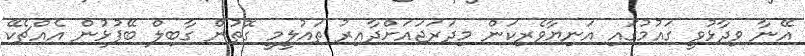
އޭނާ ވިދާޅުވީ ގައުމުގައި އަނިޔާވެރިކަން މިދަރަޖައަށްދާއިރު ތައުލީމީ ގޮތުން ގާބިލް ބޭފުޅުން އެއްޗެކޭ